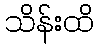
သိန်းထိ